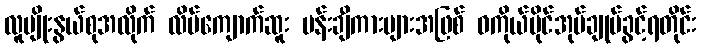
လူမျိုးနွယ်စုအလိုက် လိပ်ကျောက်ဆူး ပန်းချီကားများအဖြစ် ဝကိုယ်ပိုင်အုပ်ချုပ်ခွင့်ရတိုင်း